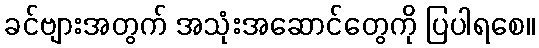
ခင်ဗျားအတွက် အသုံးအဆောင်တွေကို ပြပါရစေ။